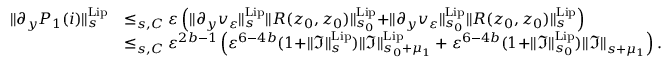
\begin{array} { r l } { \rVert \partial _ { y } P _ { 1 } ( i ) \rVert _ { s } ^ { \mathrm { L i p } } } & { \le _ { s , C } \varepsilon \left( \rVert \partial _ { y } v _ { \varepsilon } \rVert _ { s } ^ { \mathrm { L i p } } \rVert R ( z _ { 0 } , z _ { 0 } ) \rVert _ { s _ { 0 } } ^ { \mathrm { L i p } } + \rVert \partial _ { y } v _ { \varepsilon } \rVert _ { s _ { 0 } } ^ { \mathrm { L i p } } \rVert R ( z _ { 0 } , z _ { 0 } ) \rVert _ { s } ^ { \mathrm { L i p } } \right) } \\ & { \le _ { s , C } \varepsilon ^ { 2 b - 1 } \left( \varepsilon ^ { 6 - 4 b } ( 1 + \rVert \mathfrak { I } \rVert _ { s } ^ { \mathrm { L i p } } ) \rVert \mathfrak { I } \rVert _ { s _ { 0 } + \mu _ { 1 } } ^ { \mathrm { L i p } } + \varepsilon ^ { 6 - 4 b } ( 1 + \rVert \mathfrak { I } \rVert _ { s _ { 0 } } ^ { \mathrm { L i p } } ) \rVert \mathfrak { I } \rVert _ { s + \mu _ { 1 } } \right) . } \end{array}